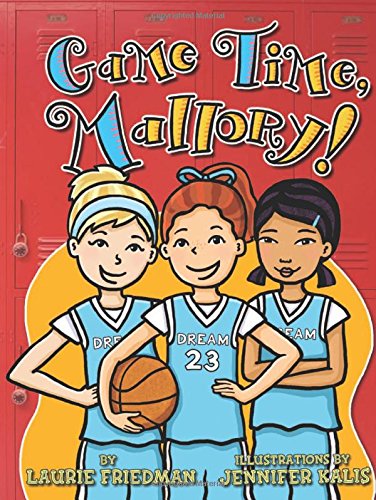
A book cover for Game Time, Mallory!; Laurie B. Friedman; Children's Books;